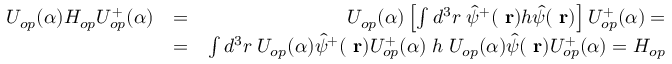
\begin{array} { r l r } { U _ { o p } ( \alpha ) H _ { o p } U _ { o p } ^ { + } ( \alpha ) } & { = } & { U _ { o p } ( \alpha ) \left[ \int d ^ { 3 } r \; \hat { \psi } ^ { + } ( \mathrm { \bf ~ r } ) h \hat { \psi } ( \mathrm { \bf ~ r } ) \right] U _ { o p } ^ { + } ( \alpha ) = } \\ & { = } & { \int d ^ { 3 } r \; U _ { o p } ( \alpha ) \hat { \psi } ^ { + } ( \mathrm { \bf ~ r } ) U _ { o p } ^ { + } ( \alpha ) \; h \; U _ { o p } ( \alpha ) \hat { \psi } ( \mathrm { \bf ~ r } ) U _ { o p } ^ { + } ( \alpha ) = H _ { o p } } \end{array}